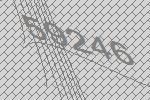
59246